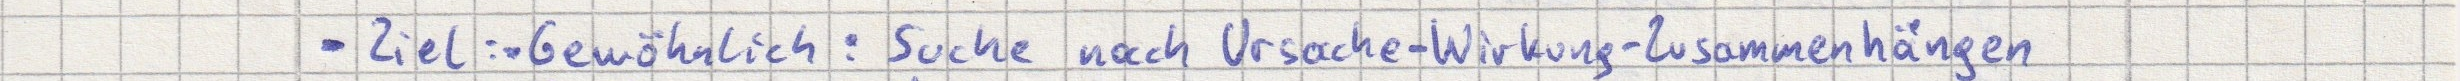
- Ziel: - Gewöhnlich: Suche nach Ursache-Wirkung-Zusammenhängen